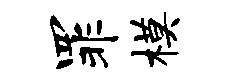
罪模